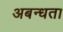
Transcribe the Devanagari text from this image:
अबन्धता